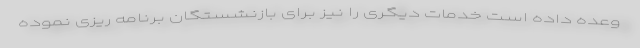
وعده داده است خدمات دیگری را نیز برای بازنشستگان برنامه ریزی نموده